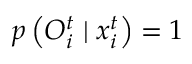
p \left( { O } _ { i } ^ { t } \mid { x } _ { i } ^ { t } \right) = 1